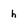
Character: h